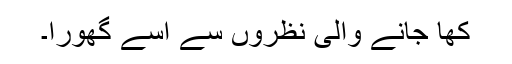
کھا جانے والی نظروں سے اسے گھورا۔